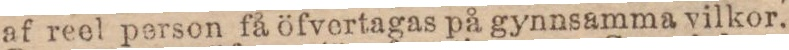
af reel person få öfvertagas på gynnsamma vilkor.